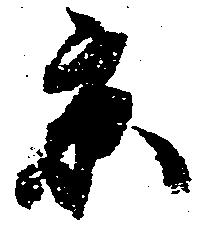
京